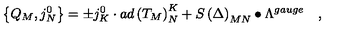
\left\{ Q _ { M } , j _ { N } ^ { 0 } \right\} = \pm j _ { K } ^ { 0 } \cdot a d \left( T _ { M } \right) _ { N } ^ { K } + S \left( \Delta \right) _ { M N } \bullet \Lambda ^ { g a u g e } \quad ,